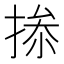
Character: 𢮥